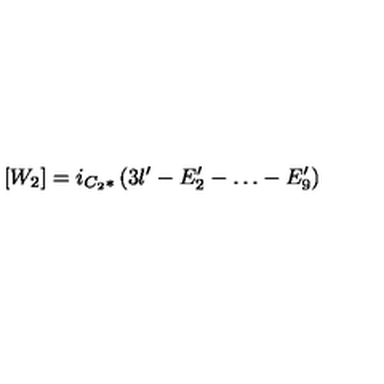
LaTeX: [ W _ { 2 } ] = i _ { C _ { 2 } * } \left( 3 l ^ { \prime } - E _ { 2 } ^ { \prime } - \dots - E _ { 9 } ^ { \prime } \right)